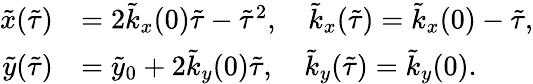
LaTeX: \begin{array}{rl}{\tilde{x}(\tilde{\tau})}&{=2\tilde{k}_{x}(0)\tilde{\tau}-\tilde{\tau}^{2},\quad\tilde{k}_{x}(\tilde{\tau})=\tilde{k}_{x}(0)-\tilde{\tau},}\\ {\tilde{y}(\tilde{\tau})}&{=\tilde{y}_{0}+2\tilde{k}_{y}(0)\tilde{\tau},\quad\tilde{k}_{y}(\tilde{\tau})=\tilde{k}_{y}(0).}\end{array}